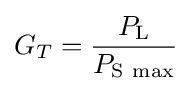
G_{T}={\frac {P_{\mathrm {L} }}{P_{\mathrm {S\ max} }}}